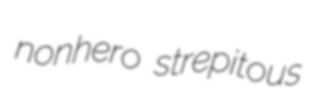
nonhero strepitous